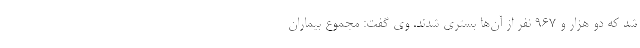
شد که دو هزار و ۹۶۷ نفر از آن‌ها بستری شدند. وی گفت: مجموع بیماران